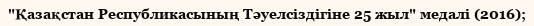
"Қазақстан Республикасының Тәуелсіздігіне 25 жыл" медалі (2016);